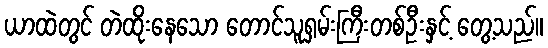
ယာထဲတွင် တဲထိုးနေသော တောင်သူရှမ်းကြီးတစ်ဦးနှင့် တွေ့သည်။